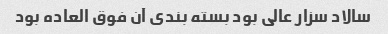
سالاد سزار عالی بود بسته بندی آن فوق العاده بود